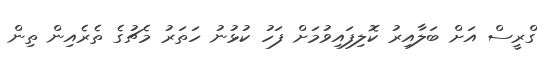
ގްރީސް އަށް ބަލާއިރު ކޮލިފައިވުމަށް ފަހު ކުޅުނު ހަތަރު މެޗުގެ ތެރެއިން ތިން